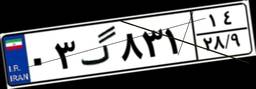
۰۳گ۸۳۱۱۴